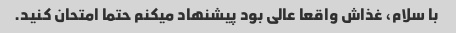
با سلام، غذاش واقعا عالی بود پیشنهاد میکنم حتما امتحان کنید.